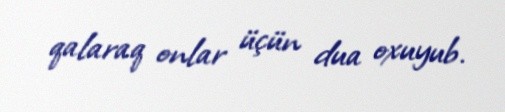
qalaraq onlar üçün dua oxuyub.